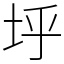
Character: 垀